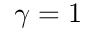
\gamma = 1